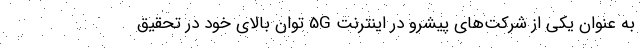
به عنوان یکی از شرکت‌های پیشرو در اینترنت 5G توان بالای خود در تحقیق